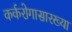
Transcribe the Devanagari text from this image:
कर्करोगासारख्या